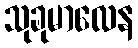
သုခုမာလေန